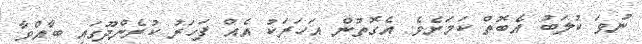
ނުވަ ކުލަބު އެބޮތް ކަަމަށެވެ. އެގޮތުން އަހަރަކު އެއް ފަހަރު ކުރެންދޫގައި ބާއްވާ